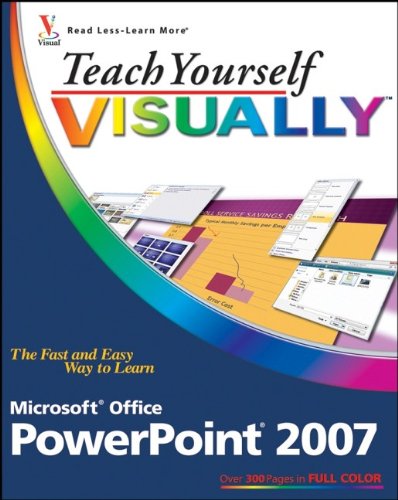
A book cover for Teach Yourself VISUALLY Microsoft Office PowerPoint 2007; Lisa A. Bucki; Computers & Technology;